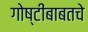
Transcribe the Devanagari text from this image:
गोष्टींबाबतचे